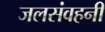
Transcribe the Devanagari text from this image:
जलसंवहनी